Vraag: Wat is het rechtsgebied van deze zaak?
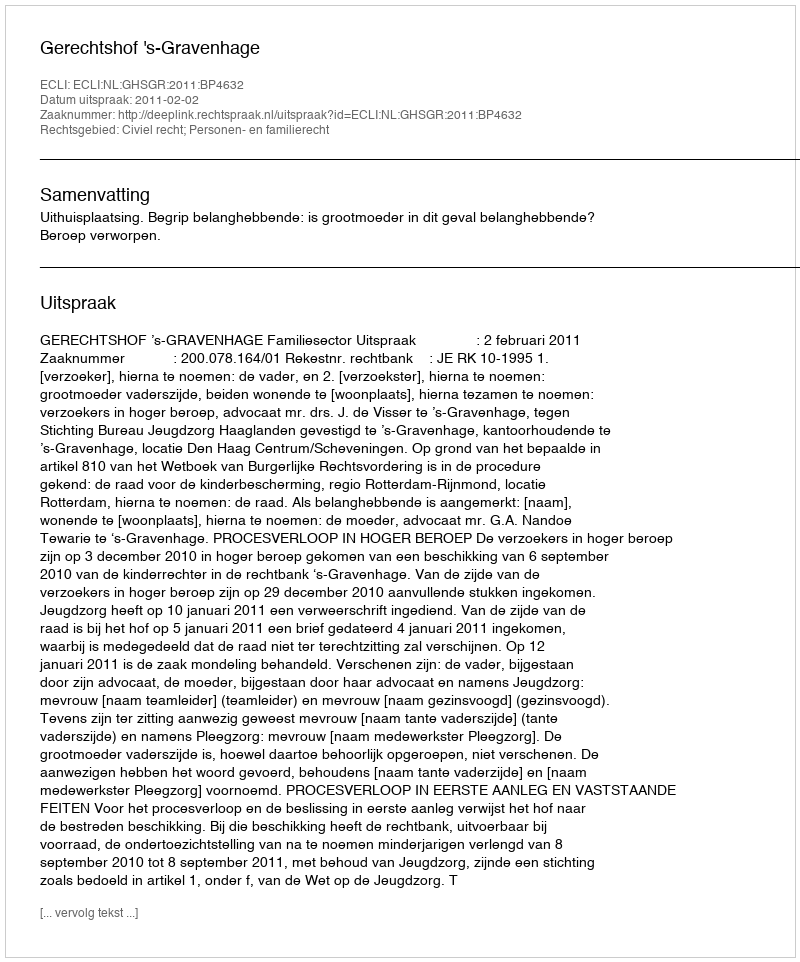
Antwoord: Civiel recht; Personen- en familierecht